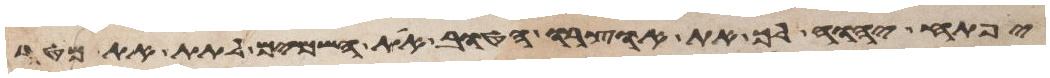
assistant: יפתח יהוה לך את אוצרו הטוב את השמים לתת את מטר